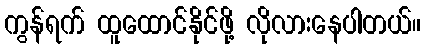
ကွန်ရက် ထူထောင်နိုင်ဖို့ လိုလားနေပါတယ်။